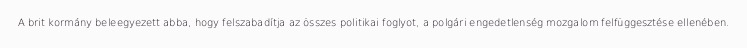
A brit kormány beleegyezett abba, hogy felszabadítja az összes politikai foglyot, a polgári engedetlenség mozgalom felfüggesztése ellenében.